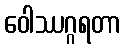
ဝေါဿဂ္ဂရတာ